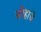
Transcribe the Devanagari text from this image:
सोहाचे